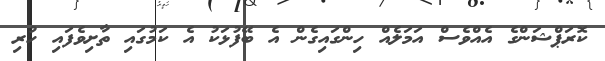
ކޮރަޕްޝަންގެ އެއްވެސް އަމަލެއް ހިންގައިގެން އެ ބޭފުޅަކު އެ ކަމުގައި ތާށިވެފައި ހުރި